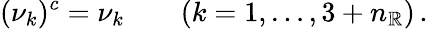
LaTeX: (\nu_{k})^{c}=\nu_{k}\qquad(k=1,\ldots,3+n_{\mathbb{R}})\, .